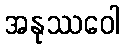
အနုဿဝေါ